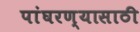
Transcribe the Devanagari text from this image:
पांघरण्यासाठी